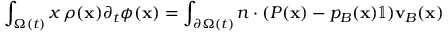
\int _ { \Omega ( t ) } \d \mathbf { x } \, \rho ( \mathbf { x } ) \partial _ { t } \phi ( \mathbf { x } ) = \int _ { \partial \Omega ( t ) } \d \mathbf { n } \cdot ( P ( \mathbf { x } ) - p _ { B } ( \mathbf { x } ) \mathbb { 1 } ) \mathbf { v } _ { B } ( \mathbf { x } )